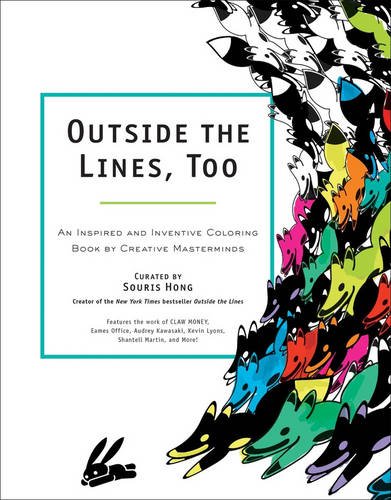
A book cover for Outside the Lines, Too: An Inspired and Inventive Coloring Book by Creative Masterminds; Souris Hong; Humor & Entertainment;